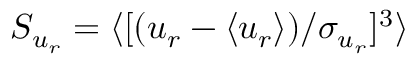
S _ { u _ { r } } = \langle [ ( u _ { r } - \langle u _ { r } \rangle ) / \sigma _ { u _ { r } } ] ^ { 3 } \rangle